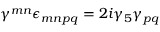
\gamma ^ { m n } \epsilon _ { m n p q } = 2 i \gamma _ { 5 } \gamma _ { p q }